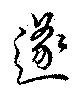
遂